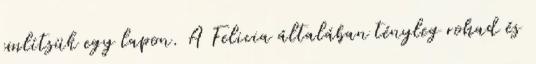
említsük egy lapon. A Felicia általában tényleg rohad és